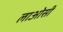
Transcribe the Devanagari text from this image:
लाओसी